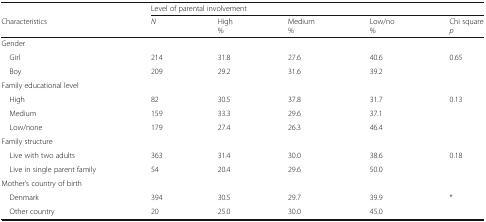
<table><thead><tr><td></td><td colspan="5"><b>Level of parental involvement</b></td></tr><tr><td><b>Characteristics</b></td><td><b><i>N</i></b></td><td><b>High%</b></td><td><b>Medium%</b></td><td><b>Low/no%</b></td><td><b>Chi square<i>p</i></b></td></tr></thead><tbody><tr><td colspan="6">Gender</td></tr><tr><td> Girl</td><td>214</td><td>31.8</td><td>27.6</td><td>40.6</td><td>0.65</td></tr><tr><td> Boy</td><td>209</td><td>29.2</td><td>31.6</td><td>39.2</td><td></td></tr><tr><td colspan="6">Family educational level</td></tr><tr><td> High</td><td>82</td><td>30.5</td><td>37.8</td><td>31.7</td><td>0.13</td></tr><tr><td> Medium</td><td>159</td><td>33.3</td><td>29.6</td><td>37.1</td><td></td></tr><tr><td> Low/none</td><td>179</td><td>27.4</td><td>26.3</td><td>46.4</td><td></td></tr><tr><td>Family structure</td><td></td><td></td><td></td><td></td><td></td></tr><tr><td> Live with two adults</td><td>363</td><td>31.4</td><td>30.0</td><td>38.6</td><td>0.18</td></tr><tr><td> Live in single parent family</td><td>54</td><td>20.4</td><td>29.6</td><td>50.0</td><td></td></tr><tr><td colspan="6">Mother’s country of birth</td></tr><tr><td> Denmark</td><td>394</td><td>30.5</td><td>29.7</td><td>39.9</td><td>*</td></tr><tr><td> Other country</td><td>20</td><td>25.0</td><td>30.0</td><td>45.0</td><td></td></tr></tbody></table>